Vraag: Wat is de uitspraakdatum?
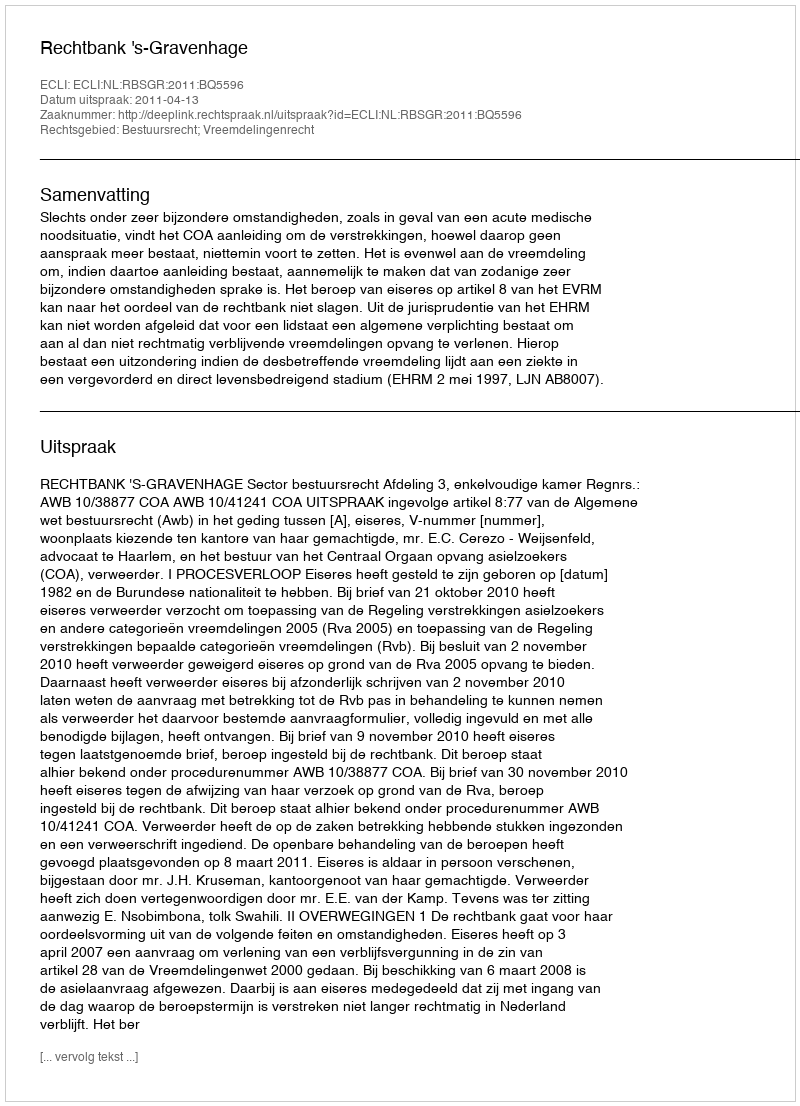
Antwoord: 2011-04-13